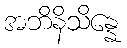
အဘိနိသိန္နေ